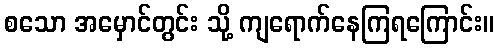
စသော အမှောင်တွင်း သို့ ကျရောက်နေကြရကြောင်း။